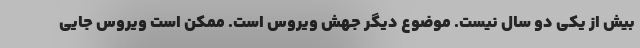
بیش از یکی دو سال نیست. موضوع دیگر جهش ویروس است. ممکن است ویروس جایی